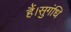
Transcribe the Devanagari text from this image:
हैं।सुगंधि